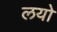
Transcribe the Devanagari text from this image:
लयो